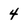
Character: 4